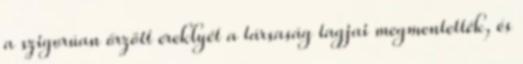
a szigorúan őrzött ereklyét a társaság tagjai megmentették, és